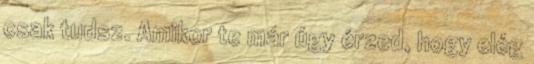
csak tudsz. Amikor te már úgy érzed, hogy elég